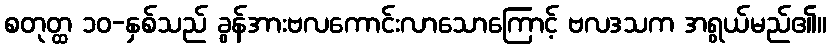
စတုတ္ထ ၁၀-နှစ်သည် ခွန်အားဗလကောင်းလာသောကြောင့် ဗလဒသက အရွယ်မည်၏။